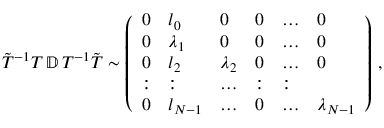
\begin{array} { r } { \tilde { T } ^ { - 1 } T \, \mathbb { D } \, T ^ { - 1 } \tilde { T } \sim \left( \begin{array} { l l l l l l } { 0 } & { l _ { 0 } } & { 0 } & { 0 } & { \dots } & { 0 } \\ { 0 } & { \lambda _ { 1 } } & { 0 } & { 0 } & { \dots } & { 0 } \\ { 0 } & { l _ { 2 } } & { \lambda _ { 2 } } & { 0 } & { \dots } & { 0 } \\ { : } & { : } & { \dots } & { : } & { : } \\ { 0 } & { l _ { N - 1 } } & { \dots } & { 0 } & { \dots } & { \lambda _ { N - 1 } } \end{array} \right) \, , } \end{array}